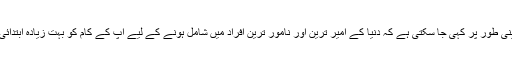
ان تمام مثالوں سے یہ بات یقینی طور پر کہی جا سکتی ہے کہ دنیا کے امیر ترین اور نامور ترین افراد میں شامل ہونے کے لیے آپ کے کام کو بہت زیادہ ابتدائی سرمائے کی ضرورت نہیں۔